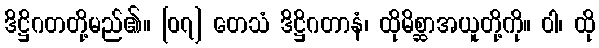
ဒိဋ္ဌိဂတတို့မည်၏။ [၀၇] တေသံ ဒိဋ္ဌိဂတာနံ၊ ထိုမိစ္ဆာအယူတို့ကို။ ဝါ၊ ထို